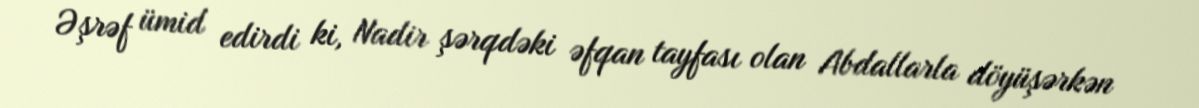
Əşrəf ümid edirdi ki, Nadir şərqdəki əfqan tayfası olan Abdallarla döyüşərkən